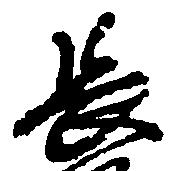
長